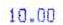
10.00